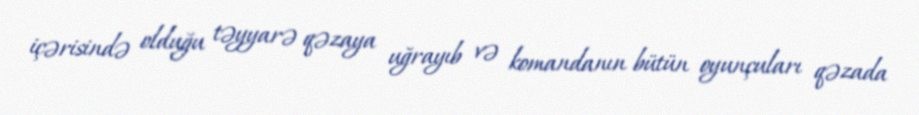
içərisində olduğu təyyarə qəzaya uğrayıb və komandanın bütün oyunçuları qəzada